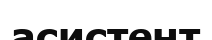
асистент